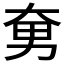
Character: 𱘲